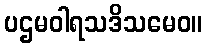
ပဌမဝါရသဒိသမေဝ။